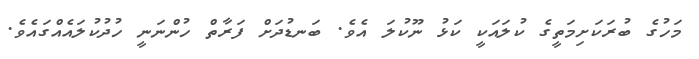
މަހުގެ ބުރަކަށިމަތީގެ ކުލައަކީ ކަޅު ނޫކުލަ އެވެ. ބަނޑުދަށް ފަރާތް ހުންނަނީ ހުދުކުލައެއްގައެވެ.